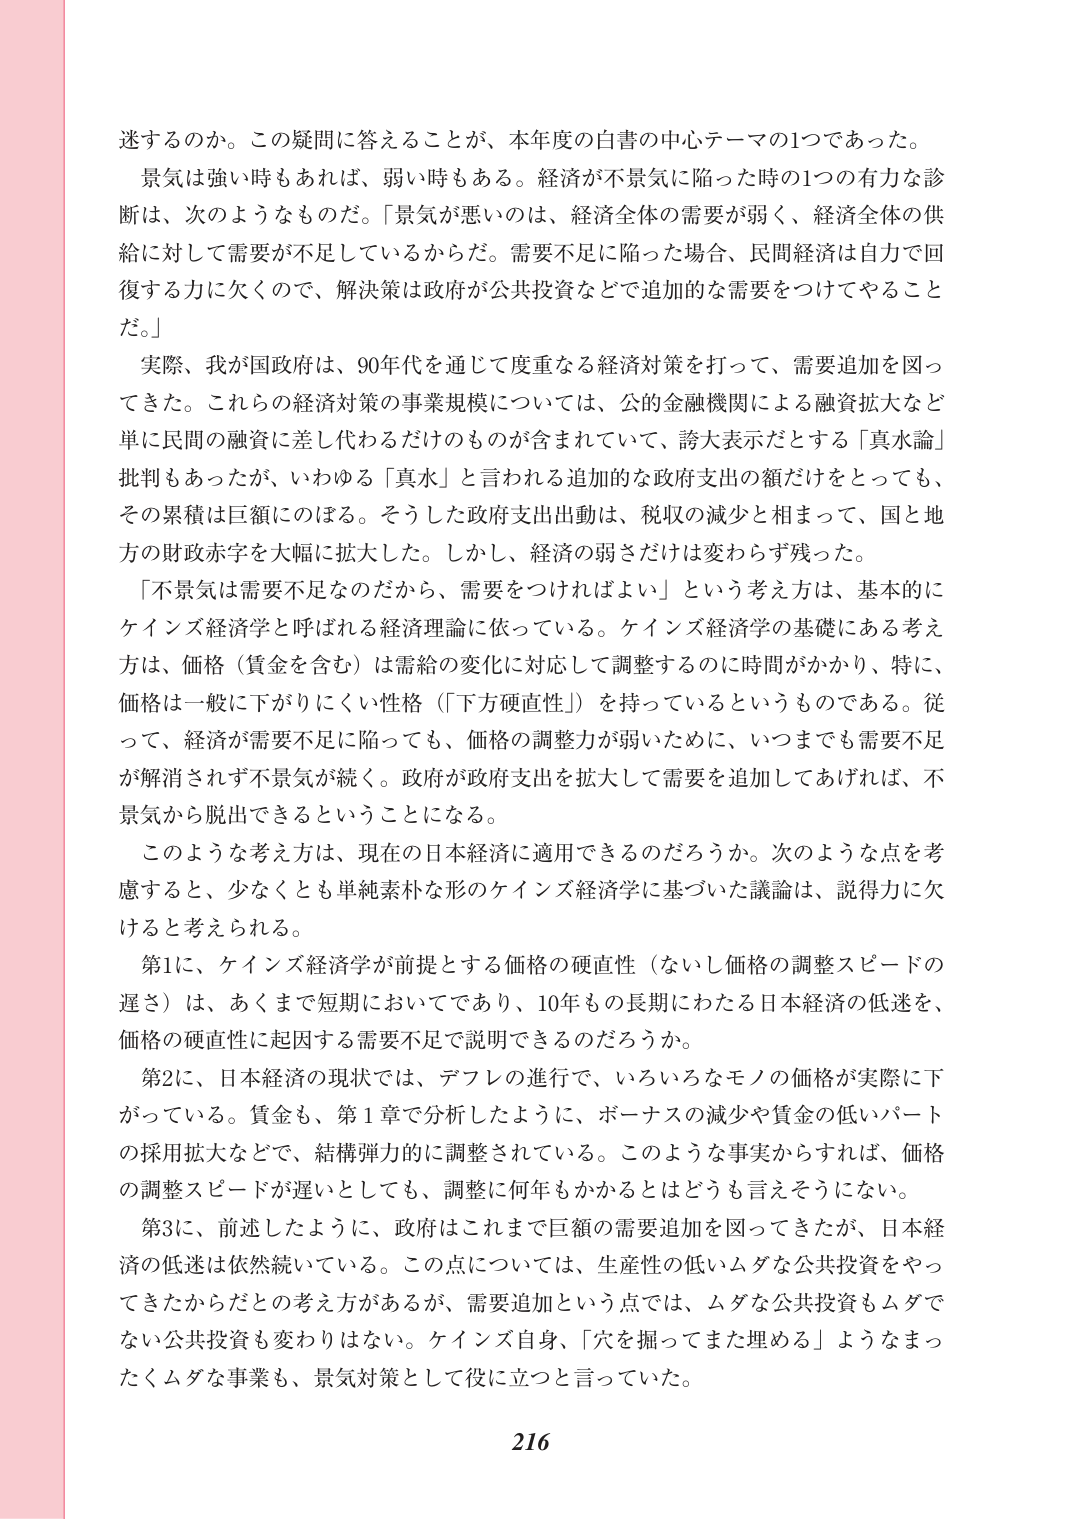
迷するのか。この疑問に答えることが、本年度の白書の中心テーマの1つであった。

景気は強い時もあれば、弱い時もある。経済が不景気に陥った時の1つの有力な診断は、次のようなものだ。「景気が悪いのは、経済全体の需要が弱く、経済全体の供給に対して需要が不足しているからだ。需要不足に陥った場合、民間経済は自力で回復する力に欠くので、解決策は政府が公共投資などで追加的な需要をつけてやることだ。」

実際、我が国政府は、90年代を通じて度重なる経済対策を打って、需要追加を図ってきた。これらの経済対策の事業規模については、公的金融機関による融資拡大など単に民間の融資に差し代わるだけのものが含まれていて、誇大表示だとする「真水論」批判もあったが、いわゆる「真水」と言われる追加的な政府支出の額だけをとっても、その累積は巨額にのぼる。そうした政府支出出動は、税収の減少と相まって、国と地方の財政赤字を大幅に拡大した。しかし、経済の弱さだけは変わらず残った。

「不景気は需要不足なのだから、需要をつければよい」という考え方は、基本的にケインズ経済学と呼ばれる経済理論に依っている。ケインズ経済学の基礎にある考え方は、価格（賃金を含む）は需給の変化に対応して調整するのに時間がかかり、特に、価格は一般に下がりにくい性格（「下方硬直性」）を持っているというものである。従って、経済が需要不足に陥っても、価格の調整力が弱いために、いつまでも需要不足が解消されず不景気が続く。政府が政府支出を拡大して需要を追加してあげれば、不景気から脱出できるということになる。

このような考え方は、現在の日本経済に適用できるのだろうか。次のような点を考慮すると、少なくとも単純素朴な形のケインズ経済学に基づいた議論は、説得力に欠けると考えられる。

第1に、ケインズ経済学が前提とする価格の硬直性（ないし価格の調整スピードの遅さ）は、あくまで短期においてであり、10年もの長期にわたる日本経済の低迷を、価格の硬直性に起因する需要不足で説明できるのだろうか。

第2に、日本経済の現状では、デフレの進行で、いろいろなモノの価格が実際に下がっている。賃金も、第1章で分析したように、ボーナスの減少や賃金の低いパートの採用拡大などで、構造弾力的に調整されている。このような事実からすれば、価格の調整スピードが遅いとしても、調整に何年もかかるとはどうも言えそうにない。

第3に、前述したように、政府はこれまで巨額の需要追加を図ってきたが、日本経済の低迷は依然続いている。この点については、生産性の低いムダな公共投資をやってきたからだとの考え方があるが、需要追加という点では、ムダな公共投資もムダでない公共投資も変わりはない。ケインズ自身、「穴を掘ってまた埋める」ようなまったくムダな事業も、景気対策として役に立つと言っていた。

216